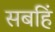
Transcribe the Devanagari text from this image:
सबहिं